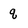
Character: q